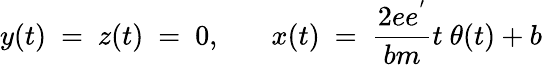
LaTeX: y(t)~=~z(t)~=~0,~~~~~~~x(t)~=~{\frac{2ee^{'}}{bm}}t~\theta(t)+b